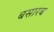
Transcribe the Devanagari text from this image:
बसारब